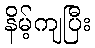
နိမ့်ကျပြီး